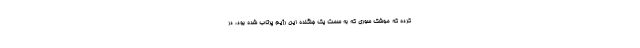
کرده که موشک سوری که به سمت یک جنگنده این رژیم پرتاب شده بود، در